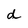
Character: d